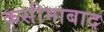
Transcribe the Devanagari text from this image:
कसीमाबाद